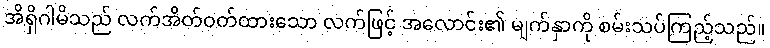
အိရှိဂါမိသည် လက်အိတ်ဝတ်ထားသော လက်ဖြင့် အလောင်း၏ မျက်နှာကို စမ်းသပ်ကြည့်သည်။